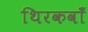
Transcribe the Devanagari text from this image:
थिरकवाँ